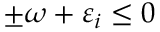
\pm \omega + \varepsilon _ { i } \le 0